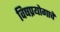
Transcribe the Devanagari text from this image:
विषप्रयोगाचे